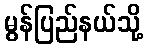
မွန်ပြည်နယ်သို့